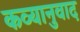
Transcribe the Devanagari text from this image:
कव्यानुवाद